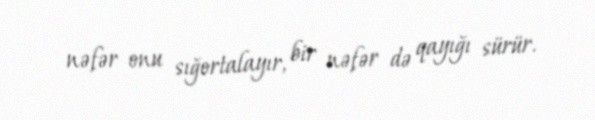
nəfər onu sığortalayır, bir nəfər də qayığı sürür.